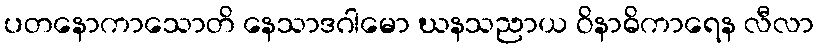
ပတနောကာသောတိ နေသာဒဂါမော ဃနသညာယ ဝိနာဓိကာရေန လီလာ